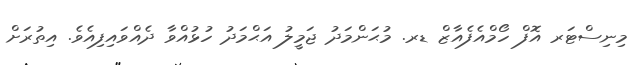
މިނިސްޓަރ އޮފް ހޯމްއެފެއާޒް ޑރ. މުޙަންމަދު ޖަމީލު އަޙްމަދު ހުޅުއްވާ ދެއްވައިފިއެވެ. އިތުރަށް